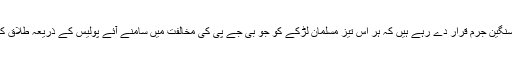
وزیر اعظم صرف تین مرتبہ طلاق کا لفظ بولنے کو اس لئے سنگین جرم قرار دے رہے ہیں کہ ہر اس تیز مسلمان لڑکے کو جو بی جے پی کی مخالفت میں سامنے آئے پولیس کے ذریعہ طلاق کہنے کے سنگین جرم میں جیل بھجوا دیں اور الیکشن جیت لیں۔